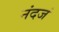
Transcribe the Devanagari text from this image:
नंदजं